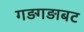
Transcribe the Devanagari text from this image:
गड़गड़ाबट